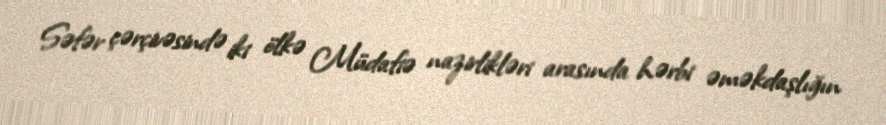
Səfər çərçivəsində iki ölkə Müdafiə nazirlikləri arasında hərbi əməkdaşlığın